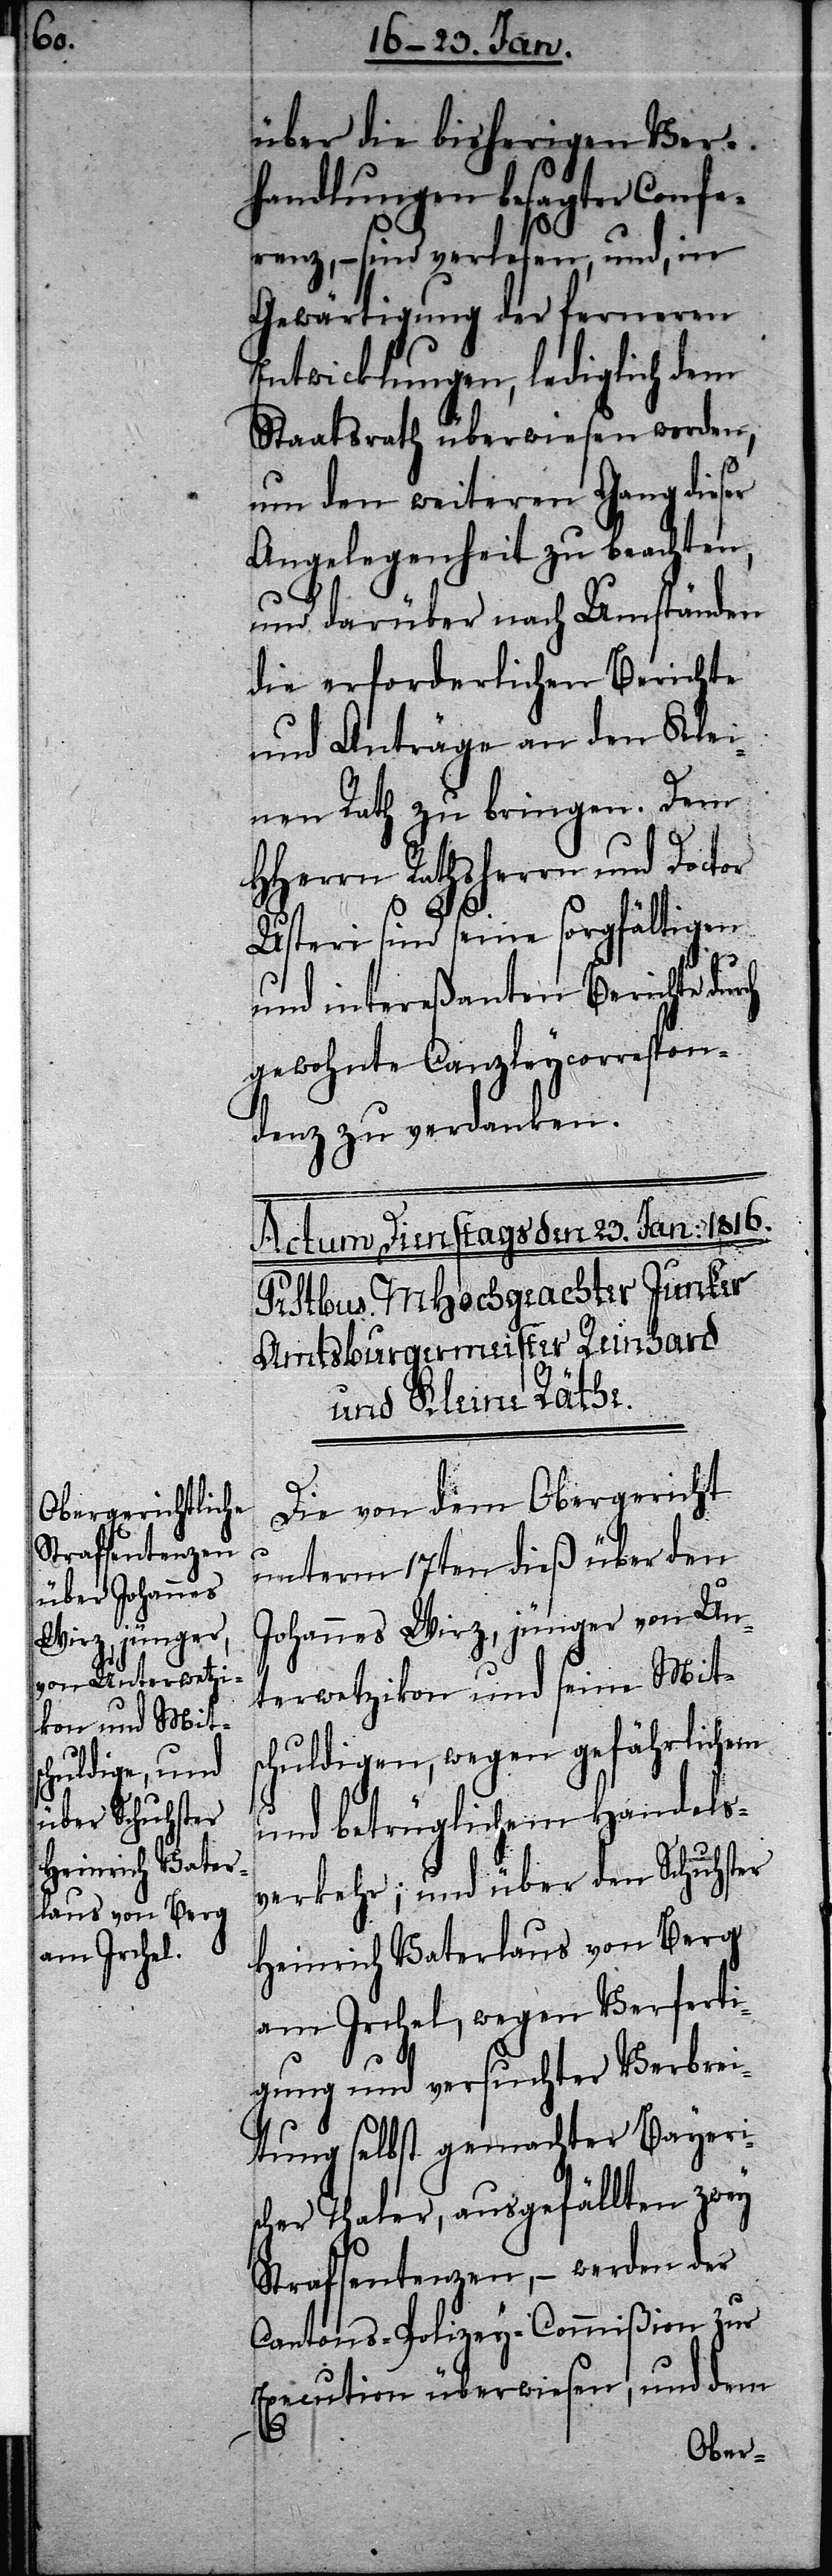
über die bisherigen Ver¬
handlungen besagter Confe¬
renz, – sind verlesen, und, in
Gewärtigung der ferneren
Entwicklungen, lediglich dem
Staatsrath überwiesen worden,
um den weiteren Gang dieser
Angelegenheit zu beachten,
und darüber nach Umständen
die erforderlichen Berichte
und Anträge an den Klei¬
nen Rath zu bringen. Dem
HHerrn Rathsherrn und Doctor
Usteri sind seine sorgfältigen
und intereßanten Berichte du¬
gewohnte Canzleycorrespon¬
denz zu verdanken.
Die von dem Obergericht
unterm 17ten dieß über den
Johannes Wirz, jünger von Un¬
rch
terwetzikon und seine Mits¬
chuldigen, wegen gefährlichem
und betrüglichem Handels¬
verkehr; und über den Schuhster
Heinrich Vaterlaus von Berg
am Irchel, wegen Verferti¬
gung und versuchter Verbrei¬
tung selbst gemachter Bayeri¬
scher Thaler, ausgefällten zwey
Strafsentenzen, – werden der
Cantons-Polizey-Commißion zur
Execution überwiesen, und dem